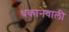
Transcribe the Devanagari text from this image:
थकानेवाली